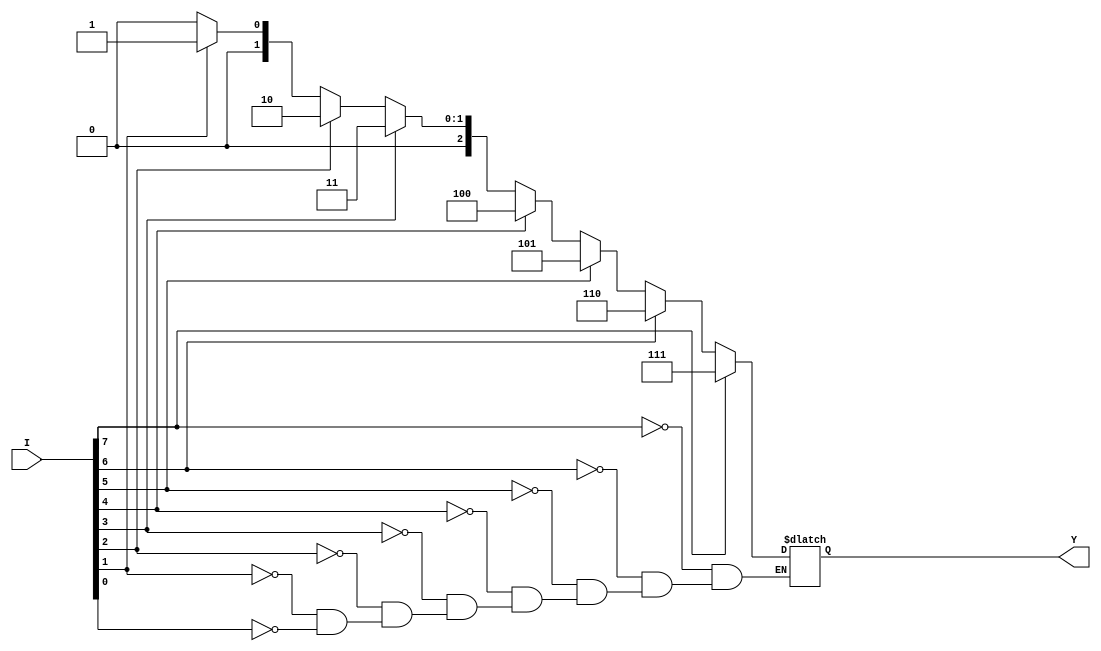
module priority_encoder (
    input [7:0] I,
    output reg [2:0] Y
);

always @* begin
    case (1)
        I[7]: Y = 3'b111;
        I[6]: Y = 3'b110;
        I[5]: Y = 3'b101;
        I[4]: Y = 3'b100;
        I[3]: Y = 3'b011;
        I[2]: Y = 3'b010;
        I[1]: Y = 3'b001;
        I[0]: Y = 3'b000;
    endcase
end

endmodule